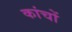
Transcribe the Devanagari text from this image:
कांचों